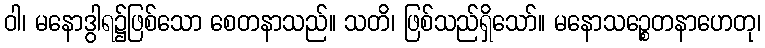
ဝါ၊ မနောဒွါရ၌ဖြစ်သော စေတနာသည်။ သတိ၊ ဖြစ်သည်ရှိသော်။ မနောသဉ္စေတနာဟေတု၊